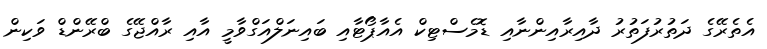
އެތެރޭގެ ދަތުރުފަތުރު ދާއިރާއިންނާއި ޑޮމެސްޓިކް އެއާޕޯޓާއި ބައިނަލްއަގްވާމީ އާއި ރާއްޖޭގެ ބްރޭންޑް ވަކިން